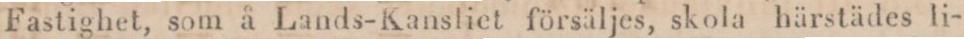
Fastighet, som å Lands-Kansliet försäljes, skola härstädes li-